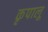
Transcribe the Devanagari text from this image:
कृपालू